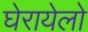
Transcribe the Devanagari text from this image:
घेरायेलो